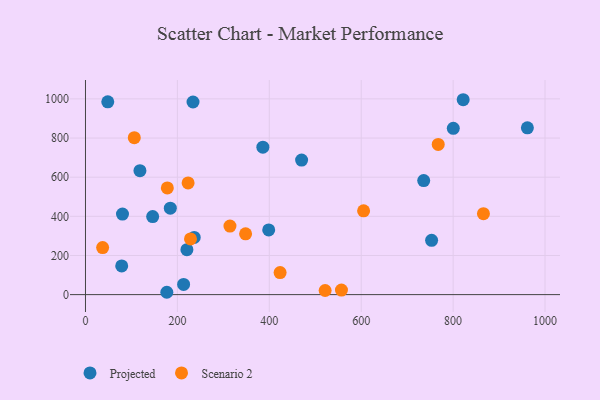
{"axis": {"x": "Investment", "y": "Yield"}, "legend": ["Projected", "Scenario 2"], "data": [{"x": "118.5", "y": 633.3, "type": "Projected"}, {"x": "736.0", "y": 582.9, "type": "Projected"}, {"x": "753.2", "y": 277.3, "type": "Projected"}, {"x": "48.5", "y": 985.3, "type": "Projected"}, {"x": "398.7", "y": 330.4, "type": "Projected"}, {"x": "213.5", "y": 52.3, "type": "Projected"}, {"x": "184.6", "y": 441.7, "type": "Projected"}, {"x": "821.9", "y": 995.8, "type": "Projected"}, {"x": "78.8", "y": 146.5, "type": "Projected"}, {"x": "146.2", "y": 398.8, "type": "Projected"}, {"x": "80.5", "y": 411.7, "type": "Projected"}, {"x": "961.6", "y": 852.3, "type": "Projected"}, {"x": "386.0", "y": 753.5, "type": "Projected"}, {"x": "220.7", "y": 229.7, "type": "Projected"}, {"x": "234.0", "y": 984.3, "type": "Projected"}, {"x": "470.3", "y": 687.5, "type": "Projected"}, {"x": "236.6", "y": 292.1, "type": "Projected"}, {"x": "177.0", "y": 12.0, "type": "Projected"}, {"x": "800.4", "y": 849.8, "type": "Projected"}, {"x": "557.0", "y": 23.3, "type": "Scenario 2"}, {"x": "348.4", "y": 310.4, "type": "Scenario 2"}, {"x": "423.5", "y": 112.4, "type": "Scenario 2"}, {"x": "521.5", "y": 21.0, "type": "Scenario 2"}, {"x": "767.6", "y": 767.4, "type": "Scenario 2"}, {"x": "228.5", "y": 284.8, "type": "Scenario 2"}, {"x": "178.1", "y": 545.2, "type": "Scenario 2"}, {"x": "605.2", "y": 428.0, "type": "Scenario 2"}, {"x": "106.2", "y": 801.9, "type": "Scenario 2"}, {"x": "314.4", "y": 350.3, "type": "Scenario 2"}, {"x": "223.3", "y": 570.9, "type": "Scenario 2"}, {"x": "866.0", "y": 413.4, "type": "Scenario 2"}, {"x": "37.3", "y": 240.5, "type": "Scenario 2"}]}